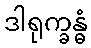
ဒါရုက္ခန္ဓံ